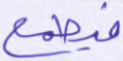
فيطمع